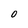
Character: 0